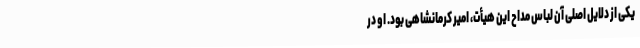
یکی از دلایل اصلی آن لباس مداح این هیأت، امیر کرمانشاهی بود. او در